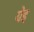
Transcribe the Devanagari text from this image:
येइ